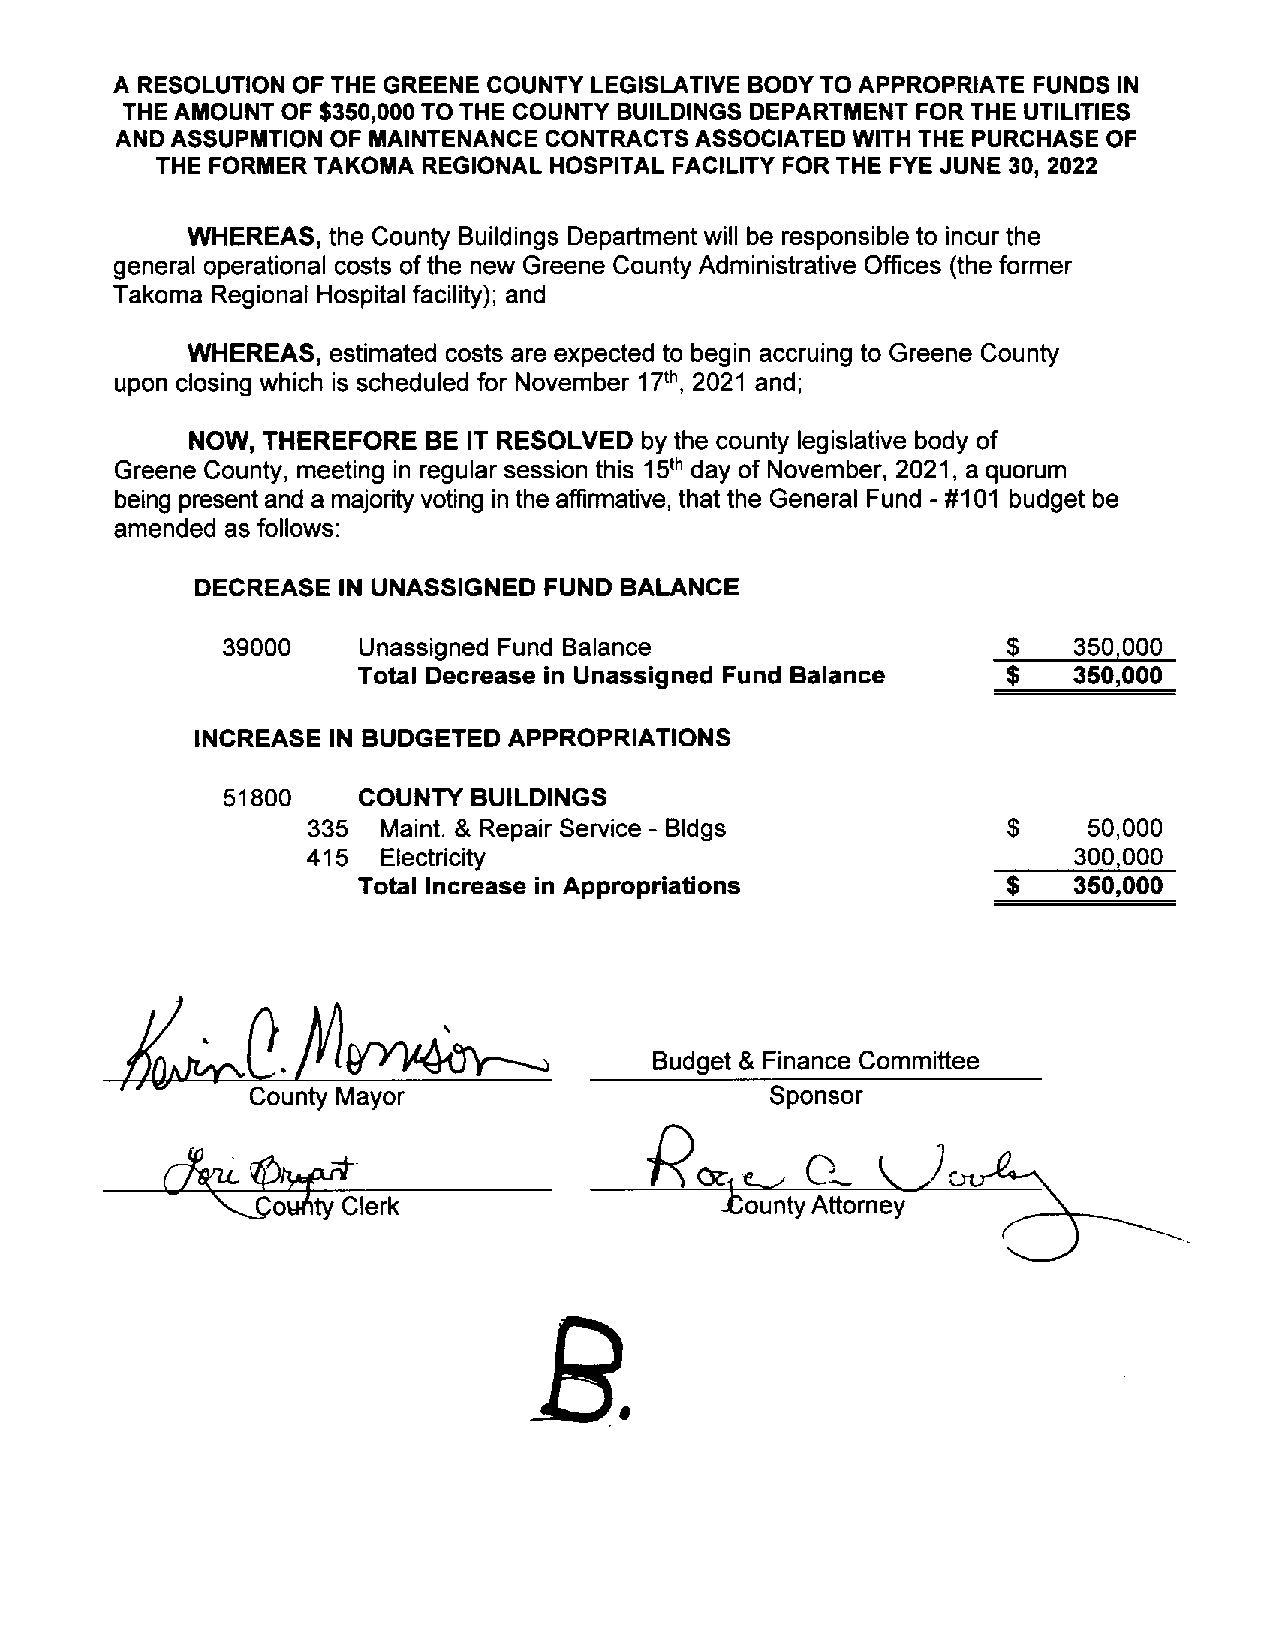
A RESOLUTION OF THE GREENE COUNTY LEGISLATIVE BODYTO APPROPRIATE FUNDS IN
 THE AMOUNT OF $350,000 TOTHE COUNTY BUILDINGS DEPARTMENT FOR THE UTILITIES
 ANDASSUPMTION OF MAINTENANCE CONTRACTSASSOCIATED WITH THE PURCHASE OF
 THE FORMERTAKOMA  REGIONAL HOSPITAL FACILITY FOR THE FYE JUNE 30, 2022
 WHEREAS,  the County Buildings Departmentwill be responsible to incurthe
 general operational costs ofthe new Greene County Administrative Offices (the former
 Takoma Regional Hospital facility); and
 WHEREAS,  estimated costs are expected to begin accruing to Greene County
 upon closing which is scheduled for November 2021 and;
 th
 17
 NOW, THEREFORE BE IT RESOLVED by the county legislative body of
 Greene County, meeting in regular session this day of November, 2021, a quorum
 th
 15
 being present and a majority voting in the affirmative, that the General Fund #101 budget be
 -
 amended as follows:
 DECREASE IN UNASSIGNED FUND BALANCE
 39000    Unassigned Fund Balance                    $   350,000
 Total Decrease in Unassigned Fund Balance  $   350,000
 INCREASE IN BUDGETED APPROPRIATIONS
 51800    COUNTYBUILDINGS
 335  Maint. & Repair Service Bldgs             $    50,000
 -
 415  Electricity                                   300,000
 Total Increase in Appropriations           $   350,000
 Budget & Finance Committee
 County Mayor                      Sponsor
 (lklL                           p&
 ~
 P.
 \.~o~dityClerk
 R